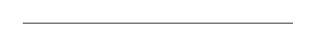
LaTeX: \begin{align*}\hline\end{align*}